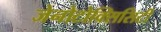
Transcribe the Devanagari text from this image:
जेनोटोक्सिसिटी